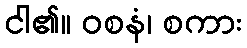
ငါ၏။ ဝစနံ၊ စကား